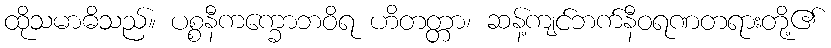
ထိုသမာဓိသည်။ ပစ္စနီကက္ခောဘဝိရ ဟိတတ္တာ၊ ဆန့်ကျင်ဘက်နီဝရဏတရားတို့၏